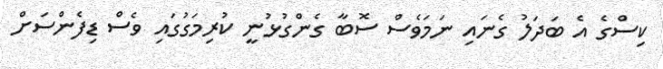
ކިސްގެ އެ ބަދަލު ގެނައި ނަމަވެސް ސޮބާ ގެންގުޅުނީ ކުރިމަގުގައި ވެސް ޑިފެންސަށް